Annual vaccination report of Bihar and Orissa - 1911-1928
Year: 1911
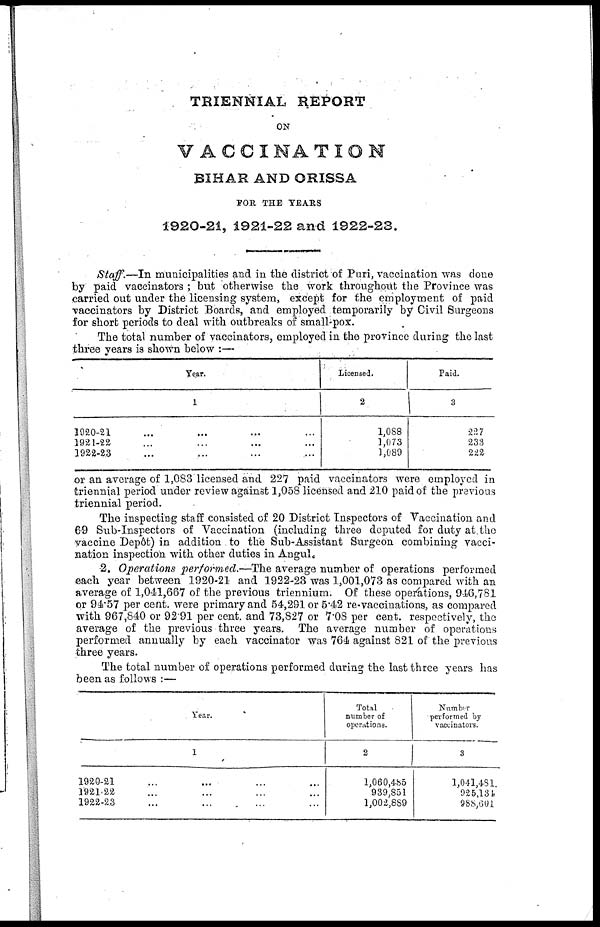
TRIENNIAL REPORT
ON
VACCINATION
BIHAR AND ORISSA
FOR, THE YEARS
1920-21, 1921-22 and 1922-23.
Staff.—In municipalities and in the district of Puri, vaccination was done
by paid vaccinators ; but otherwise the work throughout the Province was
carried out under the licensing system, except for the employment of paid
vaccinators by District Boards, and employed temporarily by Civil Surgeons
for short periods to deal with outbreaks of small-pox.
The total number of vaccinators, employed in the province during the last
three years is shown below :—
Year.
1
1920-21 ... ... ... ...
1921-22 ... ... ... ...
1922-23 ... ... ... ...
Licensed.
2
1,088
1,073
1,089
Paid.
3
227
233
222
or an average of 1,083 licensed and 227 paid vaccinators were employed in
triennial period under review against 1,058 licensed and 210 paid of the previous
triennial period.
The inspecting staff consisted of 20 District Inspectors of Vaccination and
69 Sub-Inspectors of Vaccination (including three deputed for duty at the
vaccine Depôt) in addition to the Sub-Assistant Surgeon combining vacci-
nation inspection with other duties in Angul.
2. Operations performed.—The average number of operations performed
each year between 1920-21 and 1922-23 was 1,001,073 as compared with an
average of 1,041,667 of the previous triennium. Of these operations, 946,781
or 94.57 per cent. were primary and 54,291 or 5.42 re-vaccinations, as compared
with 967,840 or 92.91 per cent. and 73,827 or 7.08 per cent. respectively, the
average of the previous three years. The average number of operations
performed annually by each vaccinator was 764 against 821 of the previous
three years.
The total number of operations performed during the last three years has
been as follows :—
Year.
1
1920-21 ... ... ... ...
1921-22 ... ... ... ...
1922-23 ... ... ... ...
Total
number of
operations.
2
1,060,485
939,851
1,002,889
Number
performed by
vaccinators.
3
1,041,481
925,134
988,601